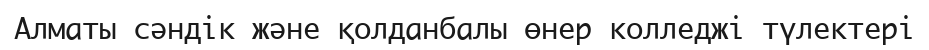
Алматы сәндік және қолданбалы өнер колледжі түлектері